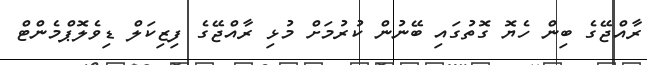
ރާއްޖޭގެ ބިން ހެޔޮ ގޮތުގައި ބޭނުން ކުރުމަށް މުޅި ރާއްޖޭގެ ފިޒިކަލް ޑިވެލޮޕްމެންޓް